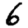
Digit: 6